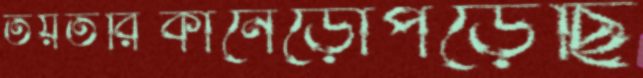
তয়তরিকানেড়োপড়েছি